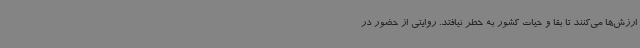
ارزش‌ها می‌کنند تا بقا و حیات کشور به خطر نیافتد. روایتی از حضور در